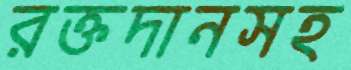
রক্তদানসহ